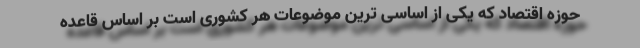
حوزه اقتصاد که یکی از اساسی ترین موضوعات هر کشوری است بر اساس قاعده